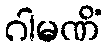
ဂါမဏိံ